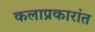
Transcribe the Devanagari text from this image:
कलाप्रकारांत